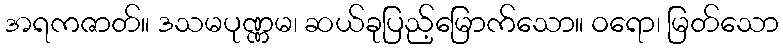
အရကဇာတ်။ ဒသမပုဏ္ဏမ၊ ဆယ်ခုပြည့်မြောက်သော။ ဝရော၊ မြတ်သော